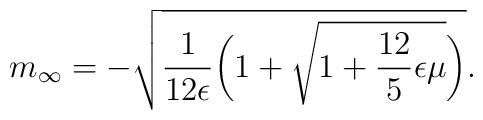
m_{\infty} = -\sqrt{\frac{1}{12 \epsilon} \biggl( 1 + \sqrt{ 1 + \frac{12}{5} \epsilon\mu}\biggr)}.